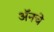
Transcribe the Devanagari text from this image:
अॅनचे